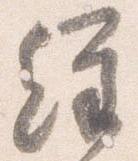
経